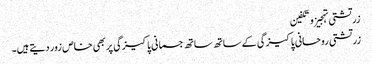
زرتشتی تہجیز و تکفین
زرتشتی روحانی پاکیزگی کے ساتھ ساتھ جسمانی پاکیزگی پر بھی خاص زور دیتے ہیں۔